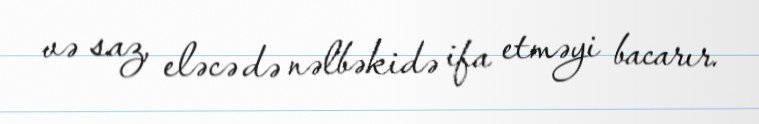
və saz, eləcə də nəlbəkidə ifa etməyi bacarır.